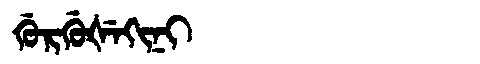
Manchu: ᡤᡠᡵᡤᡠᡧᡝᡴᡳᠨᡳ
Romanization: GURGUŠEKINI